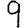
Digit: 9